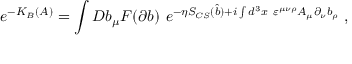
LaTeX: e ^ { - K _ { B } ( A ) } = \int { \cal D } b _ { \mu } F ( \partial b ) ~ e ^ { - \eta S _ { C S } ( \widehat { b } ) + i \int d ^ { 3 } x ~ \varepsilon ^ { \mu \nu \rho } A _ { \mu } \partial _ { \nu } b _ { \rho } } \; ,